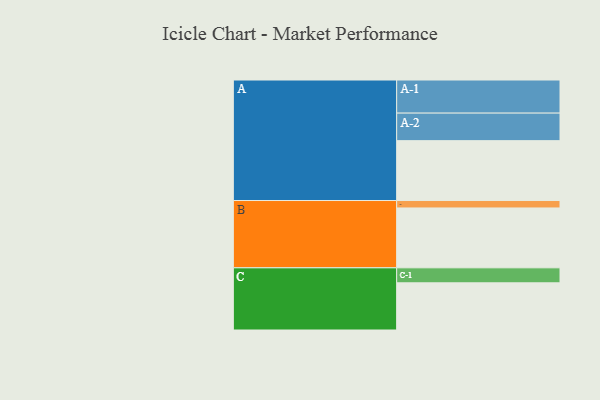
{"axis": {"x": "Segment", "y": "Value"}, "legend": ["", "A", "B", "C"], "data": [{"x": "A", "y": 515, "type": ""}, {"x": "B", "y": 515, "type": ""}, {"x": "C", "y": 406, "type": ""}, {"x": "A-1", "y": 285, "type": "A"}, {"x": "A-2", "y": 237, "type": "A"}, {"x": "B-1", "y": 64, "type": "B"}, {"x": "C-1", "y": 129, "type": "C"}]}